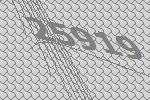
25919